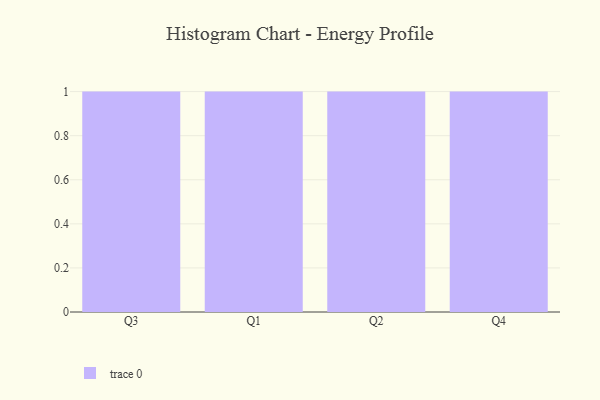
{"axis": {"x": "Quarter", "y": "Tickets Resolved"}, "legend": [""], "data": [{"x": "Q3", "y": 100, "type": ""}, {"x": "Q1", "y": 77, "type": ""}, {"x": "Q2", "y": 47, "type": ""}, {"x": "Q4", "y": 35, "type": ""}]}